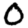
Digit: 0